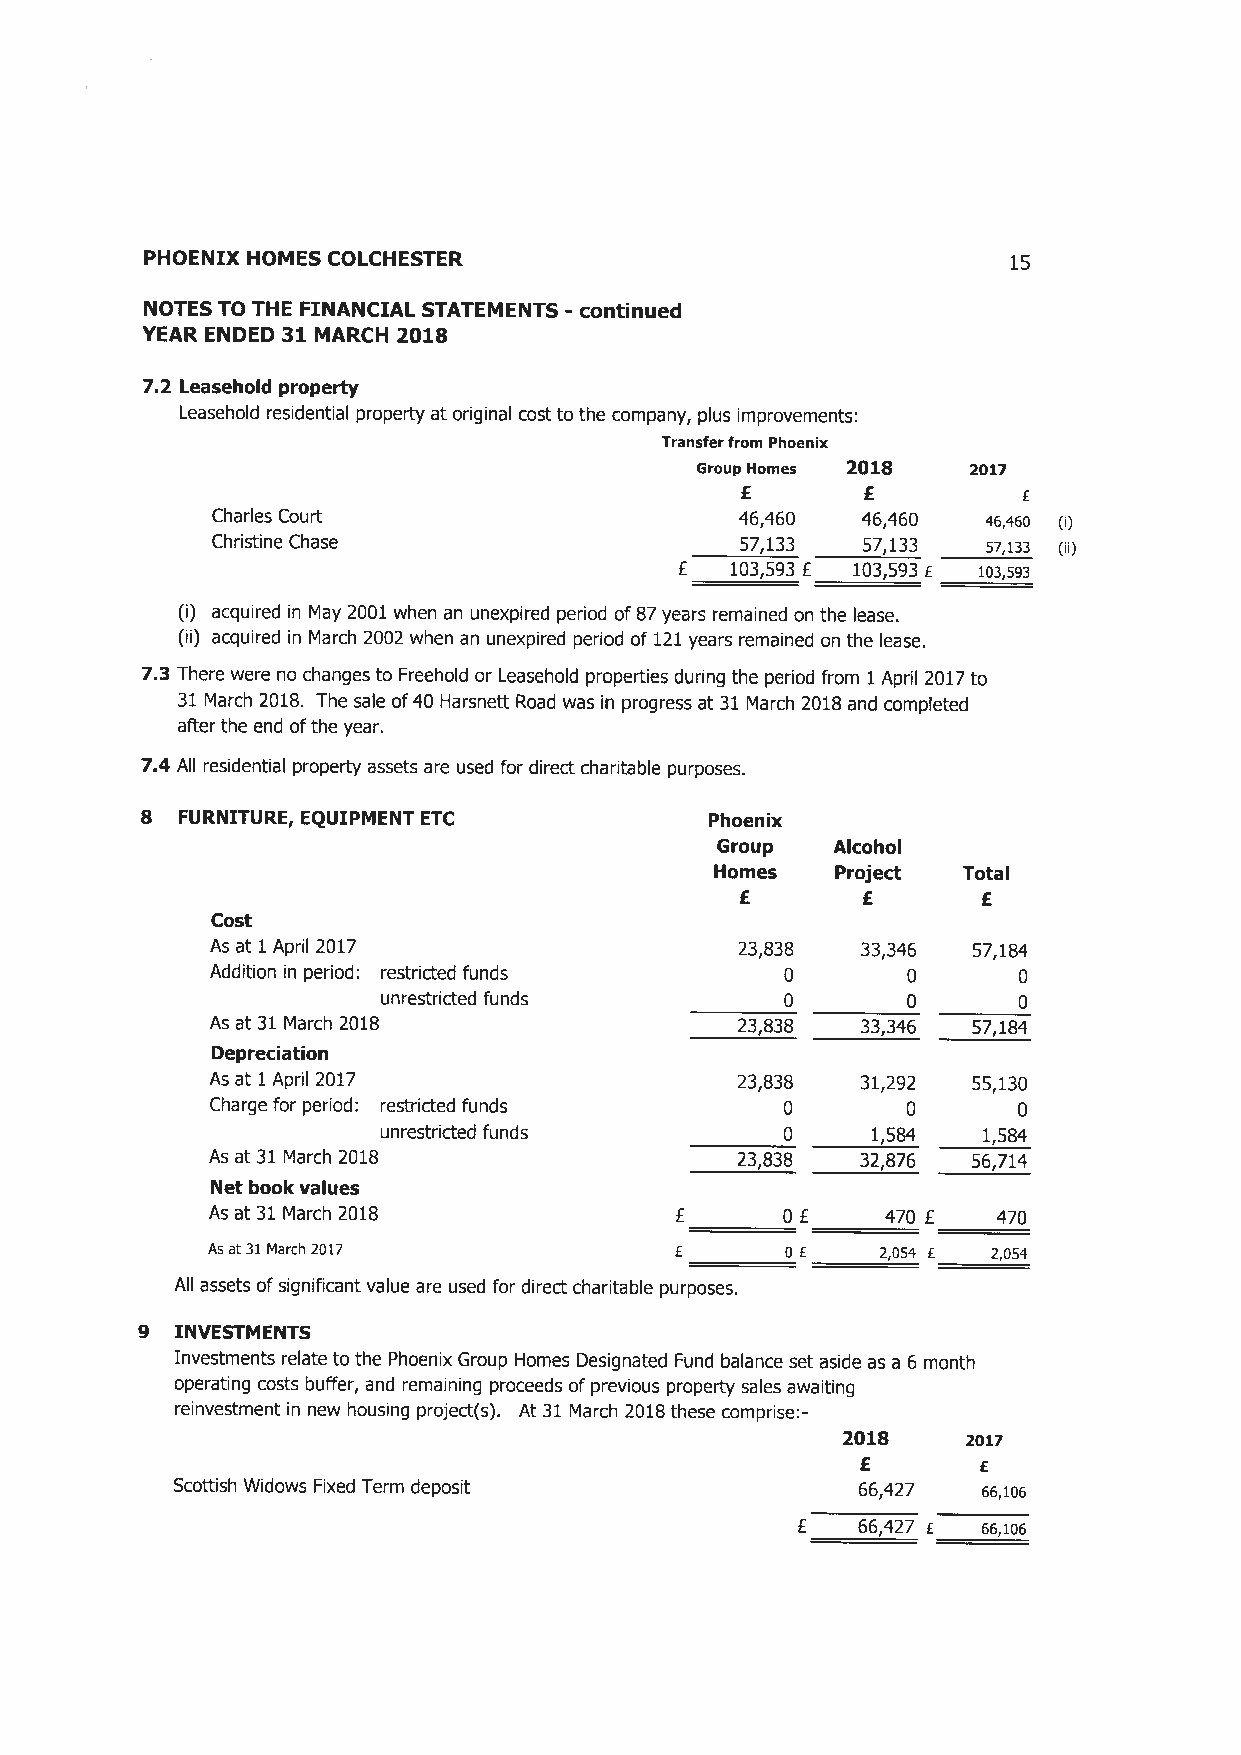
PHOENIX HOMES COLCHESTER                                  15
 NOTES TO THE FINANCIAL STATEMENTS -continued
 YEAR ENDED 31 MARCH 2018
 7.2 Leasehold property
 Leasehold residential property at original cost to the company, plus improvements:
 Transfer from Phoenix
 Group Homes 2018  2017
 £       £          £
 Charles Court                      46,460  46,460  a5,a5o
 Christine Chase                    57,133  57,133  s~,133
 £  103,593 £ 103,593E io3,593
 (i) acquired in May 2001 when an unexpired period of 87 years remained on the lease.
 (ii) acquired in March 2002 when an unexpired period of 121 years remained on the lease.
 7.3 There were no changes to Freehold or Leasehold properties during the period from 1 April 2017 to
 31 March 2018. The sale of 40 Harsnett Road was in progress at 31 March 2018 and completed
 after the end of the year.
 7.4 All residential property assets are used for direct charitable purposes.
 8  FURNITURE, EQUIPMENT ETC           Phoenix
 Group   Alcohol
 Homes   Project  Total
 f       £       £
 Cost
 As at 1 April 2017                 23,838  33,346 57,184
 Addition in period: restricted funds  0       0      0
 unrestricted funds         0       0      0
 As at 31 March 2018                23,838  33,346 57,184
 Depreciation
 As at 1 April 2017                 23,838  31,292 55,130
 Charge for period: restricted funds   0       0      0
 unrestricted funds         0     1,5 84 1,5 84
 As at 31 March 2018                23,838  32,876 56,714
 Net book values
 As at 31 March 2018            £      0 £   470 ~   470
 As at 31 March 2017            E      0 E   2,054 E 2,054
 All assets of significant value are used for direct charitable purposes.
 9 INVESTMENTS
 Investments relate to the Phoenix Group Homes Designated Fund balance set aside as a 6 month
 operating costs buffer, and remaining proceeds of previous property sales awaiting
 reinvestment in new housing project(s). At 31 March 2018 these comprise:-
 2018    zoi~
 £       £
 Scottish Widows Fixed Term deposit            66,427  66,io6
 E   66,427 £ 66,io6